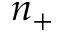
n _ { + }